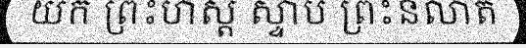
យក ព្រះហស្ត ស្ទាប ព្រះនលាត